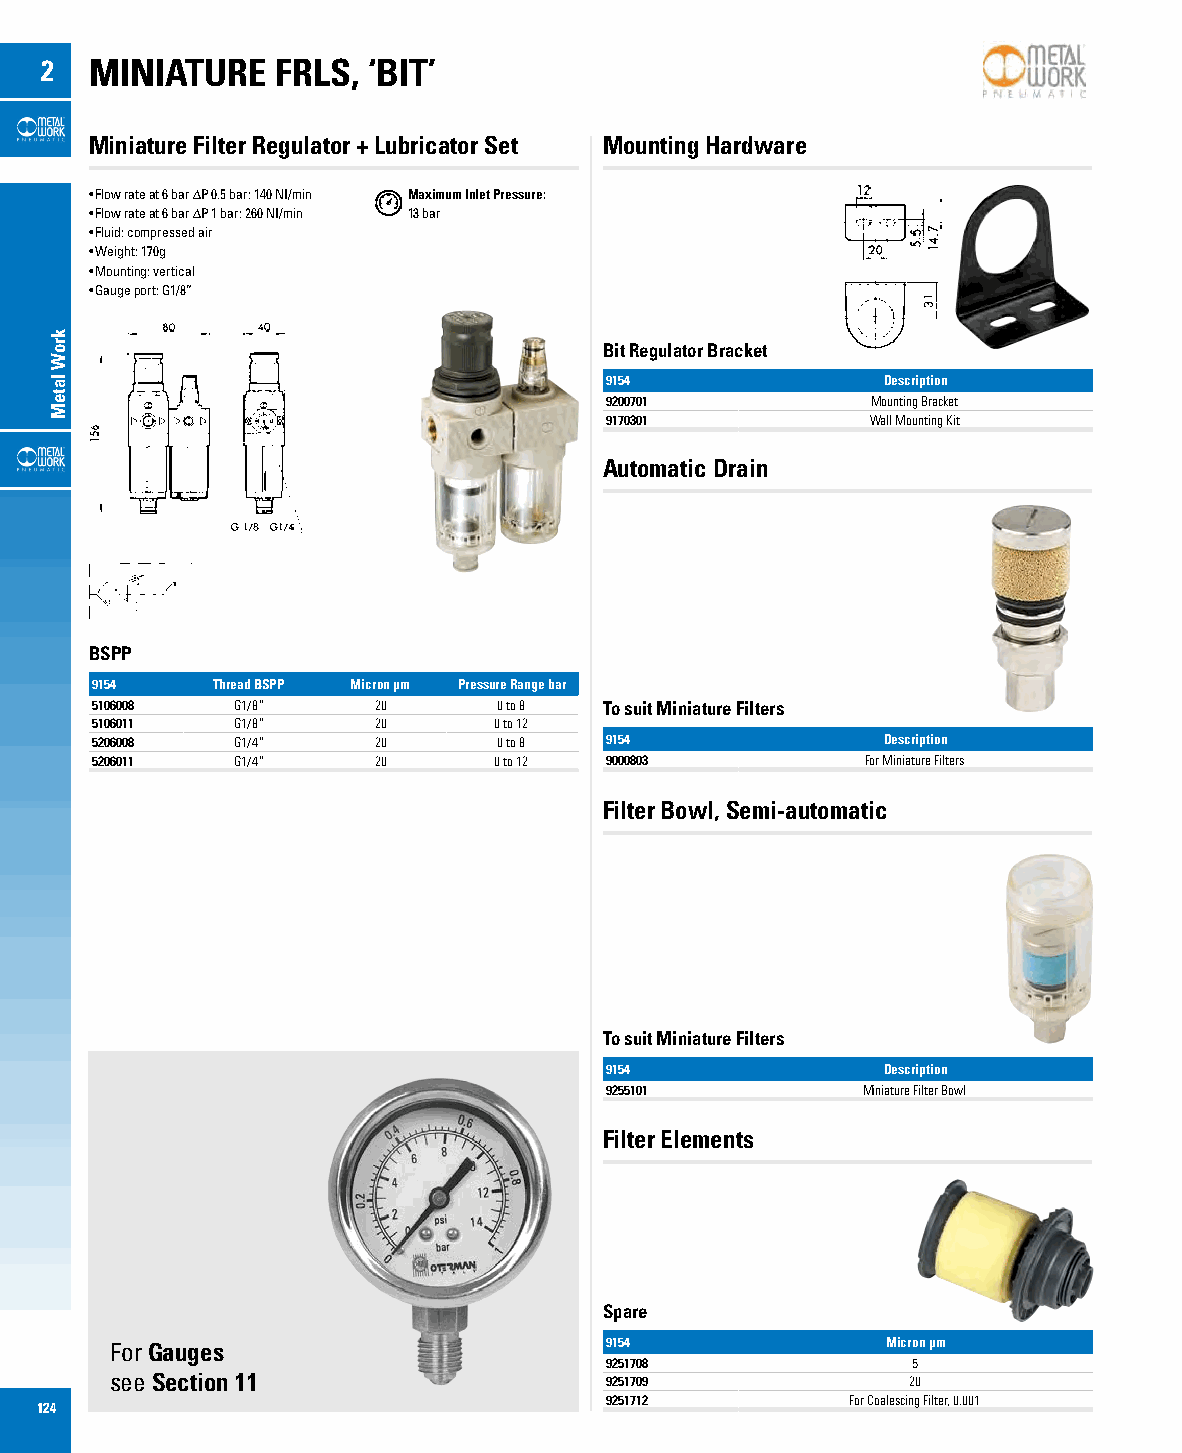
2  MINIATURE   FRLS, ‘BIT’
 Miniature Filter Regulator + Lubricator Set Mounting Hardware
 • Flow rate at 6 bar ∆P 0.5 bar: 140 NI/min Maximum Inlet Pressure:
 • Flow rate at 6 bar ∆P 1 bar: 260 NI/min 13 bar
 • Fluid: compressed air
 • Weight: 170g
 • Mounting: vertical
 • Gauge port: G1/8”
 Bit Regulator Bracket
 9154              Description
 9200701           Mounting Bracket
 9170301           Wall Mounting Kit
 Automatic Drain
 BSPP
 9154    Thread BSPP Micron µm Pressure Range bar
 5106008   G1/8”    20      0 to 8 To suit Miniature Filters
 5106011   G1/8”    20      0 to 12
 5206008   G1/4”    20      0 to 8 9154              Description
 5206011   G1/4”    20      0 to 12 9000803         For Miniature Filters
 Filter Bowl, Semi-automatic
 To suit Miniature Filters
 9154              Description
 9255101          Miniature Filter Bowl
 Filter Elements
 Spare
 For Gauges                       9154               Micron µm
 9251708             5
 see Section 11                   9251709             20
 9251712         For Coalescing Filter, 0.001
 124
 kroW
 lateM